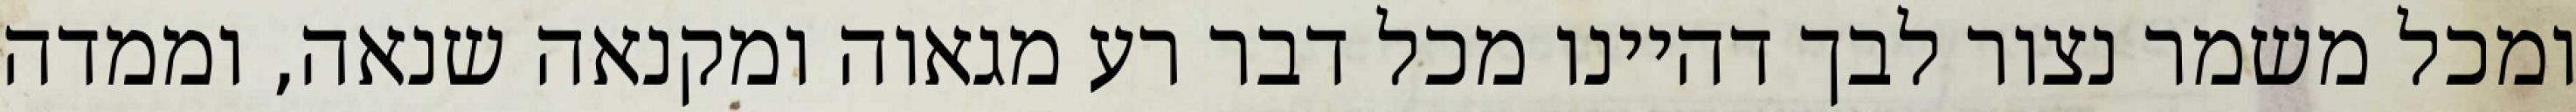
ומכל משמר נצור לבך דהיינו מכל דבר רע מגאוה ומקנאה שנאה, וממדה